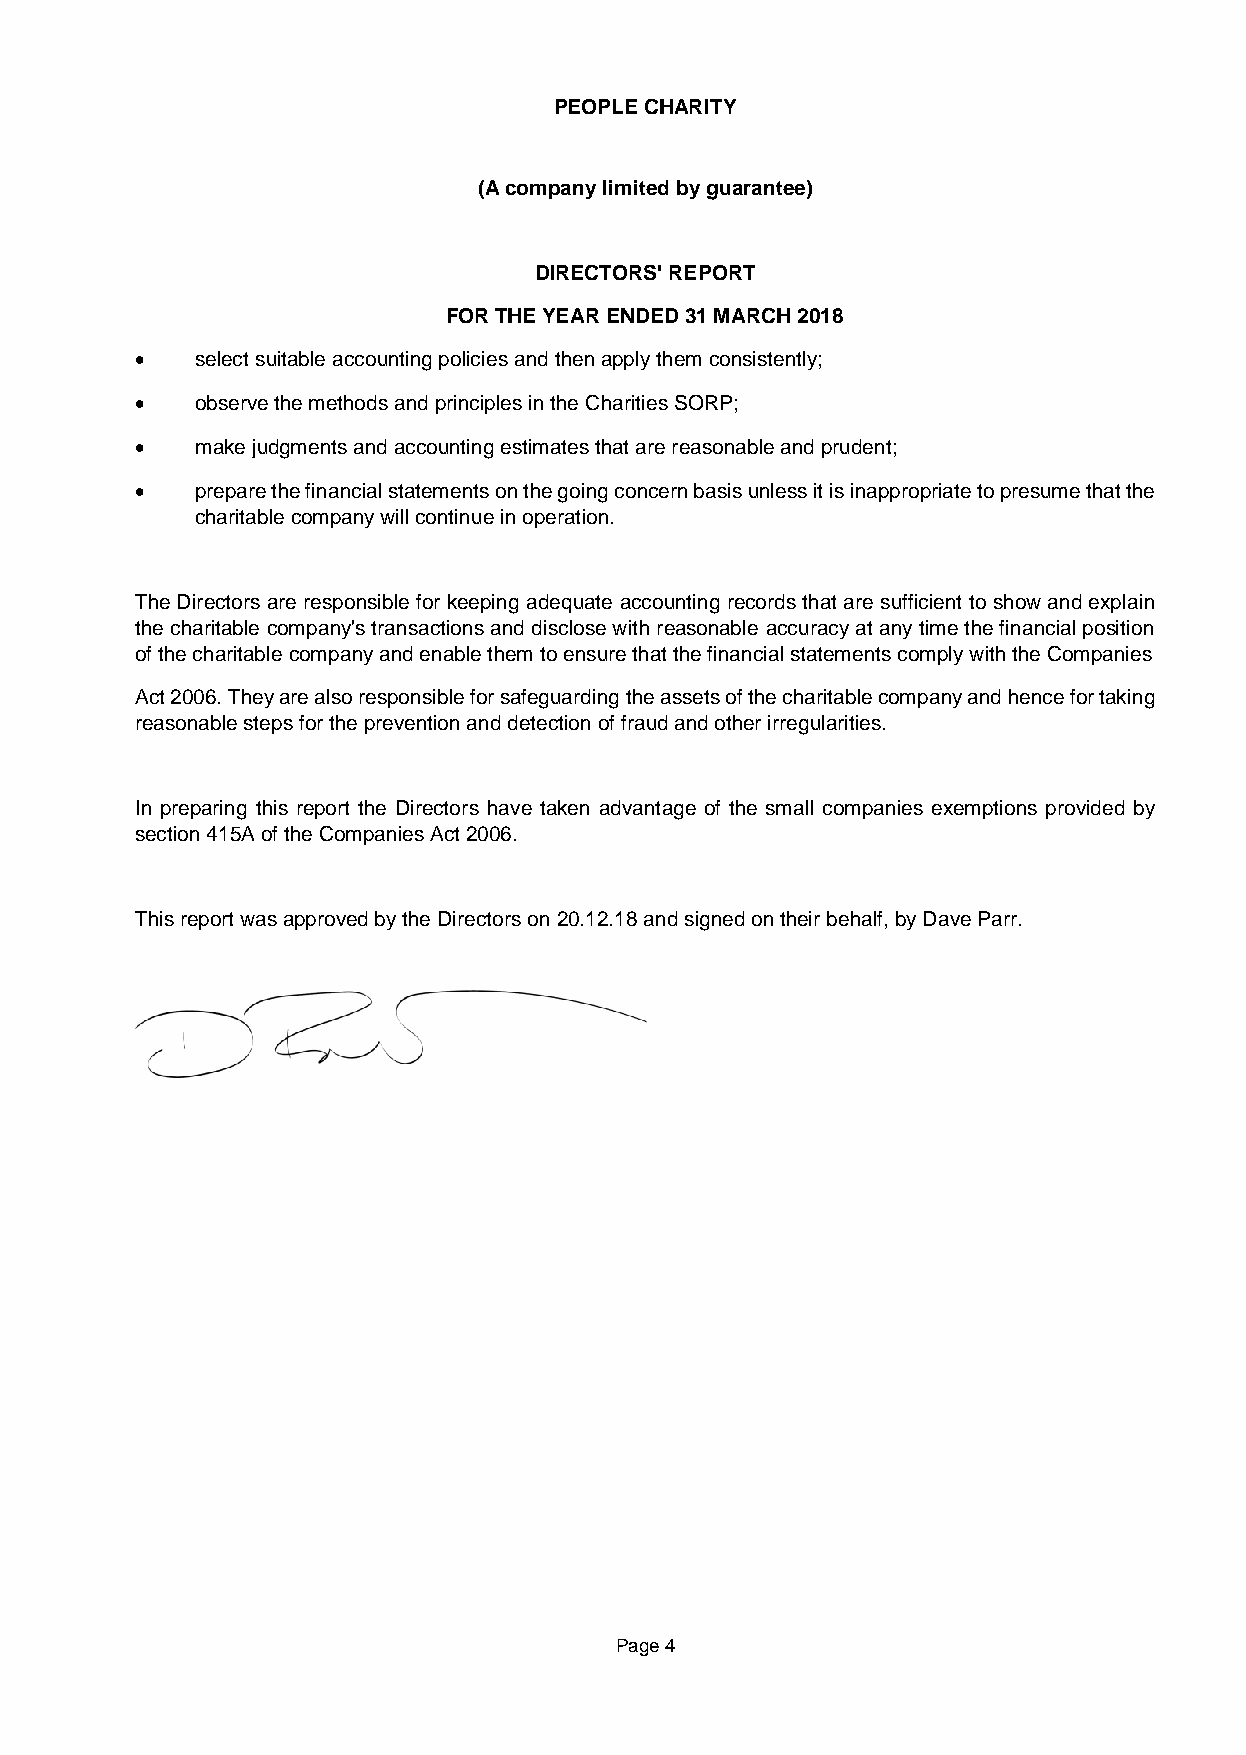
PEOPLE CHARITY
 (A company limited by guarantee)
 DIRECTORS' REPORT
 FOR THE YEAR ENDED 31 MARCH 2018
 •   select suitable accounting policies and then apply them consistently;
 •   observe the methods and principles in the Charities SORP;
 •   make judgments and accounting estimates that are reasonable and prudent;
 •   prepare the financial statements on the going concern basis unless it is inappropriate to presume that the
 charitable company will continue in operation.
 The Directors are responsible for keeping adequate accounting records that are sufficient to show and explain
 the charitable company's transactions and disclose with reasonable accuracy at any time the financial position
 of the charitable company and enable them to ensure that the financial statements comply with the Companies
 Act 2006. They are also responsible for safeguarding the assets of the charitable company and hence for taking
 reasonable steps for the prevention and detection of fraud and other irregularities.
 In preparing this report the Directors have taken advantage of the small companies exemptions provided by
 section 415A of the Companies Act 2006.
 This report was approved by the Directors on 20.12.18 and signed on their behalf, by Dave Parr.
 Page 4